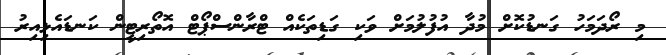
މި ރޯދަމަހު ގަނޑުކޮށް މުދާ އުފުލުމަށް ވަކި ގަޑިތަކެއް ޓްރާންސްޕޯޓް އޮތޯރިޓީން ކަނޑައެޅިއިރު